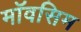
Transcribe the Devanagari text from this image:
मॉवसिम